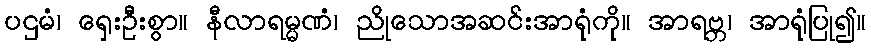
ပဌမံ၊ ရှေးဦးစွာ။ နီလာရမ္မဏံ၊ ညိုသောအဆင်းအာရုံကို။ အာရဗ္ဘ၊ အာရုံပြု၍။